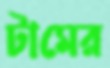
টামের